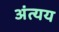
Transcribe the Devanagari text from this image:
अंत्यय